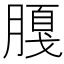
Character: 𱼕